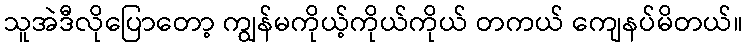
သူအဲဒီလိုပြောတော့ ကျွန်မကိုယ့်ကိုယ်ကိုယ် တကယ် ကျေနပ်မိတယ်။